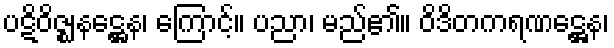
ပဋိဝိဇ္ဈနဋ္ဌေန၊ ကြောင့်။ ပညာ၊ မည်၏။ ဝိဒိတကရဏဋ္ဌေန၊